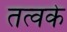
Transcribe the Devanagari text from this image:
तत्वके